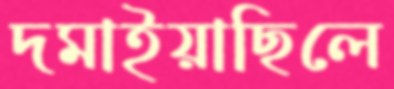
দমাইয়াছিলে